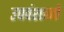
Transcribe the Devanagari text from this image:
उपवंशाजों